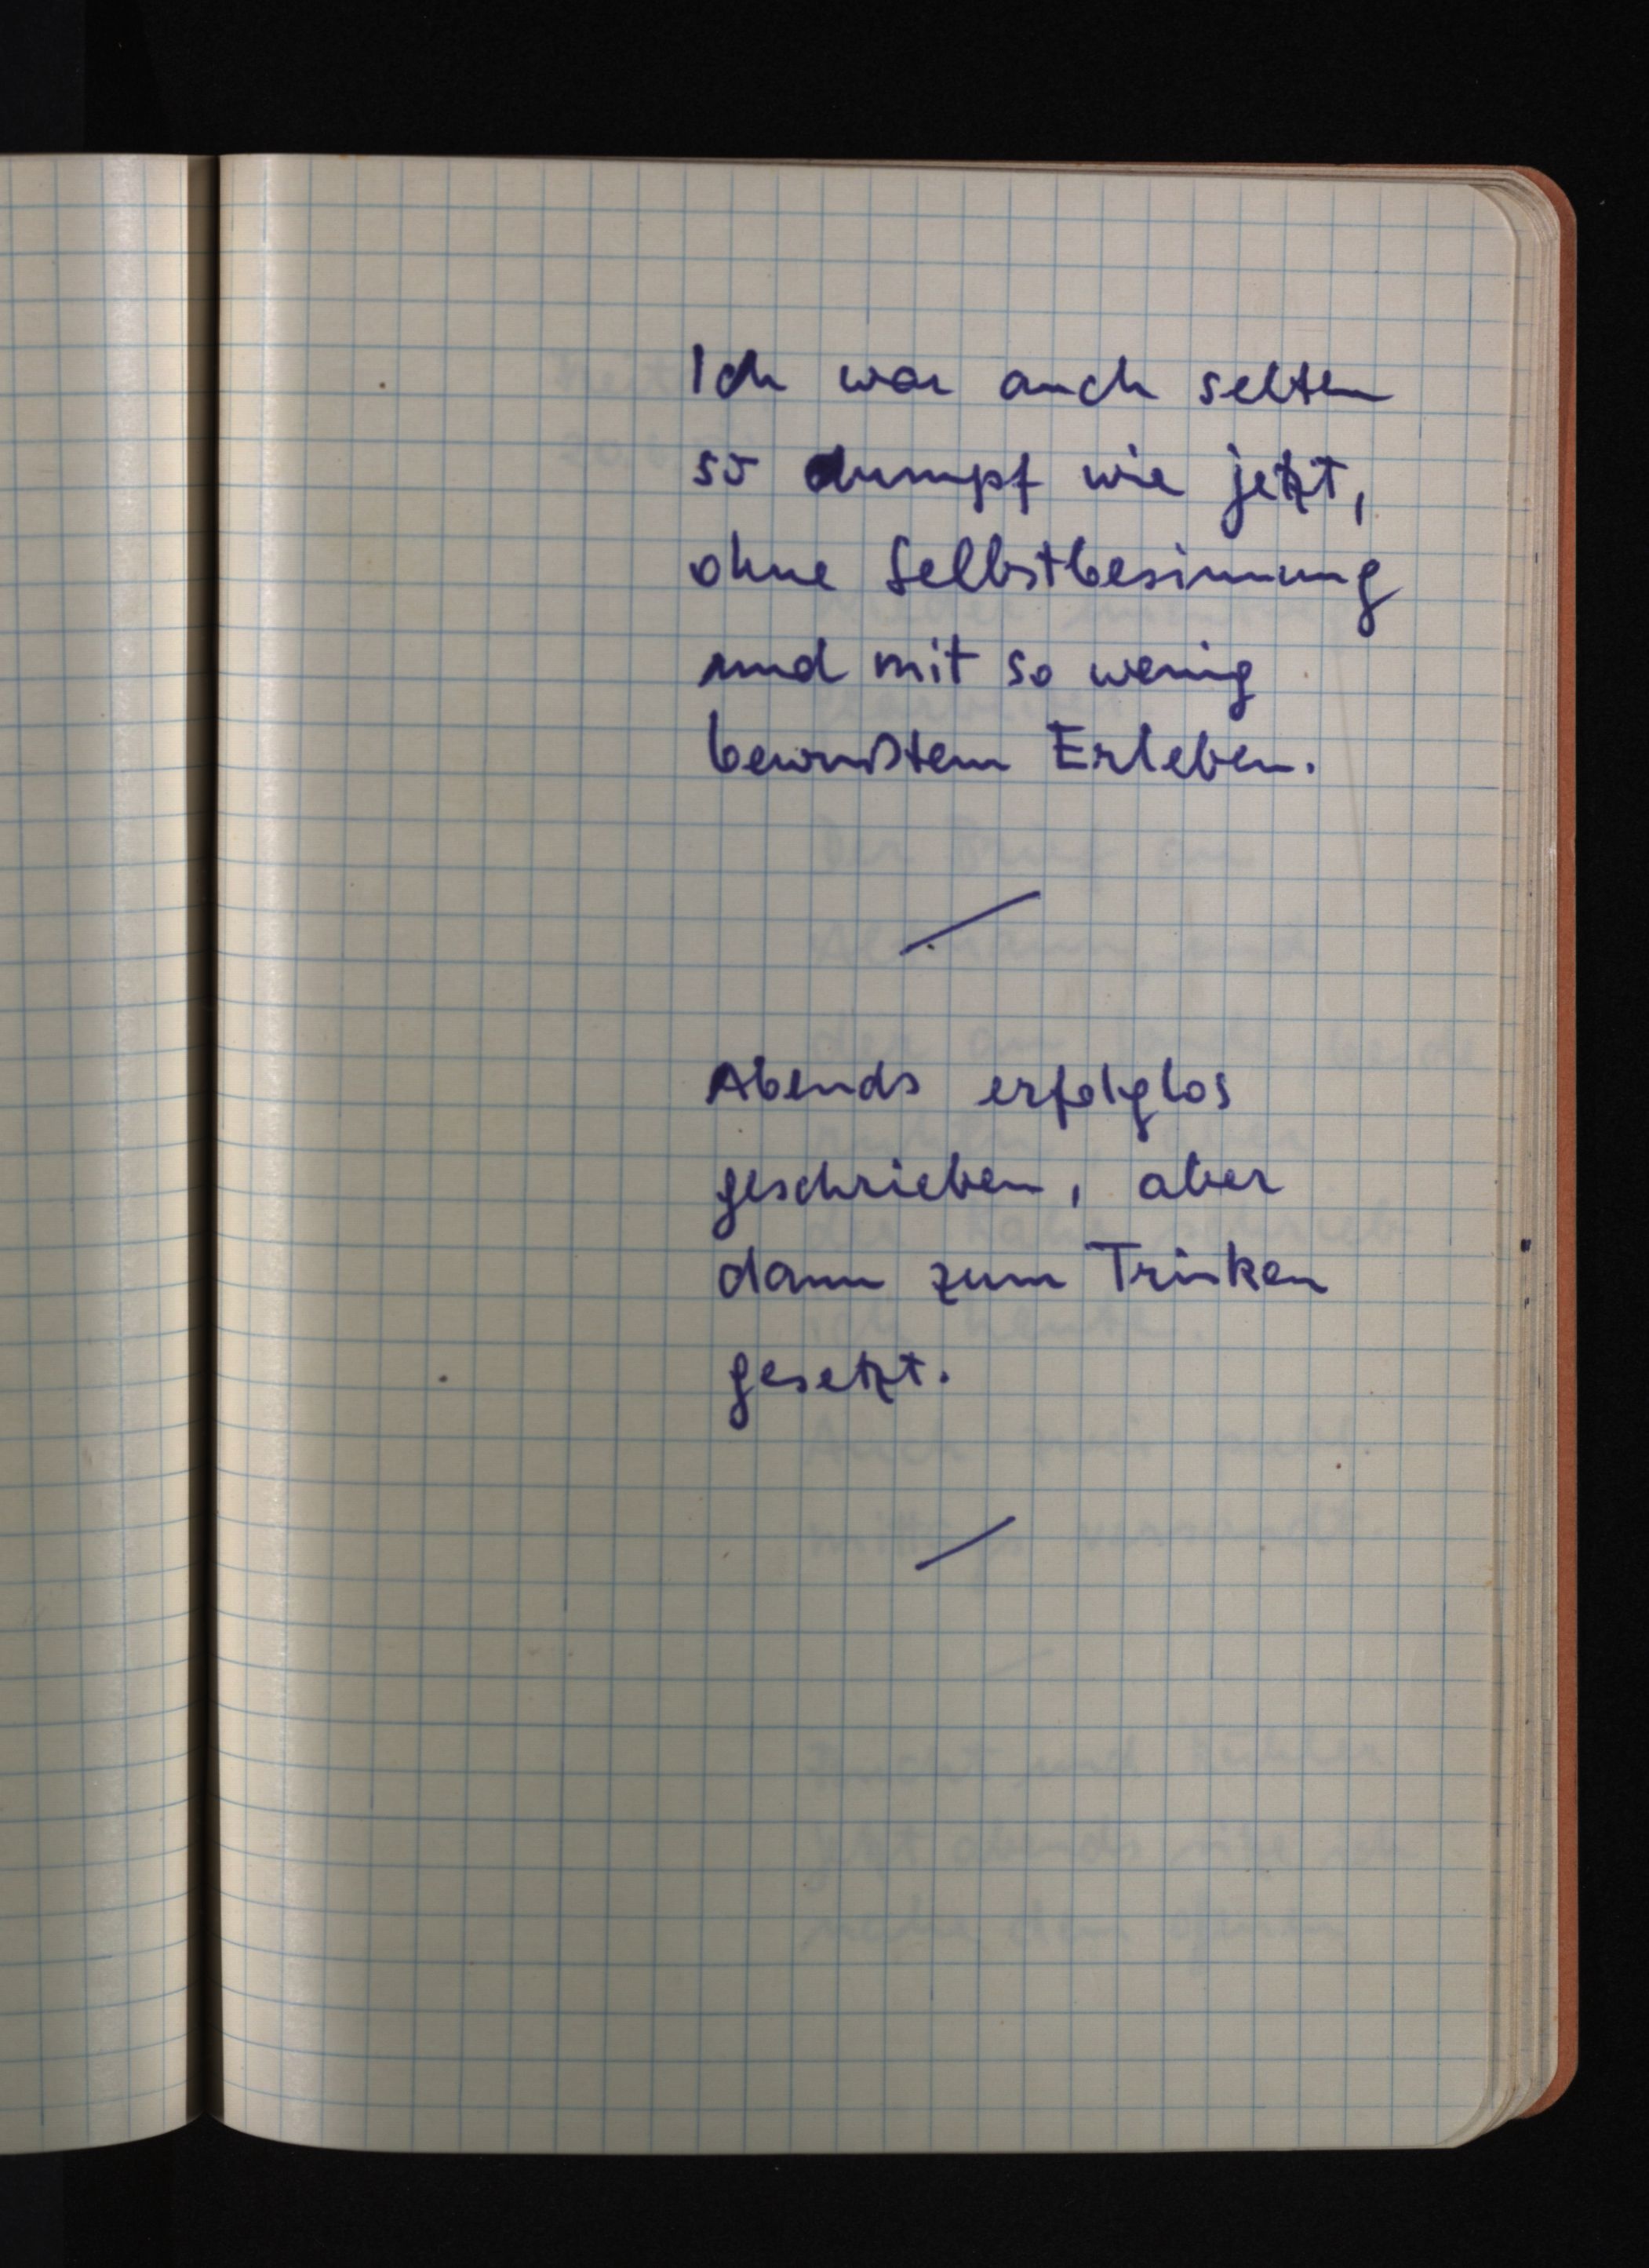
Ich war auch selten
so dumpf wie jetzt,
ohne Selbstbesinnung
und mit so wenig
bewußtem Erleben.
Abends erfolglos
geschrieben, aber
dann zum Trinken
gesetzt.